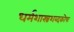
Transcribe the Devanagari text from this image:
धर्मशास्त्रशब्दकोषः